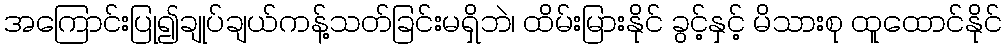
အကြောင်းပြု၍ချုပ်ချယ်ကန့်သတ်ခြင်းမရှိဘဲ၊ ထိမ်းမြားနိုင် ခွင့်နှင့် မိသားစု ထူထောင်နိုင်